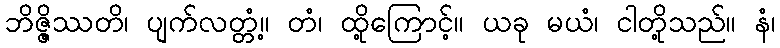
ဘိဇ္ဇိဿတိ၊ ပျက်လတ္တံ့။ တံ၊ ထို့ကြောင့်။ ယခု မယံ၊ ငါတို့သည်။ နံ၊